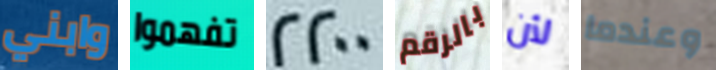
وابني تفهموا 2200 بالرقم لأن وعندما